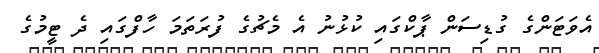
އެވަޓަންގެ ގުޑިސަން ޕާކްގައި ކުޅުނު އެ މެޗުގެ ފުރަތަމަ ހާފްގައި ދެ ޓީމުގެ